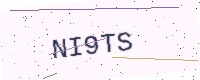
Text: NI9TS